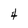
Character: 4